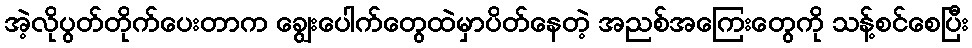
အဲ့လိုပွတ်တိုက်ပေးတာက ချွေးပေါက်တွေထဲမှာပိတ်နေတဲ့ အညစ်အကြေးတွေကို သန့်စင်စေပြီး